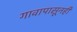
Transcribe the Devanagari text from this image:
गावापासूनही